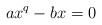
\begin{align*}ax^q - bx = 0\end{align*}